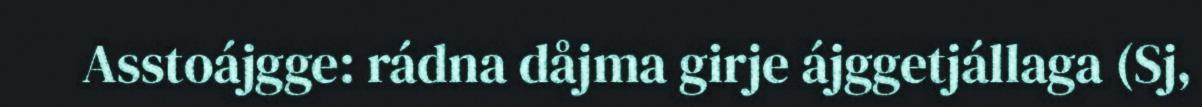
Asstoájgge: rádna dåjma girje ájggetjállaga (Sj,